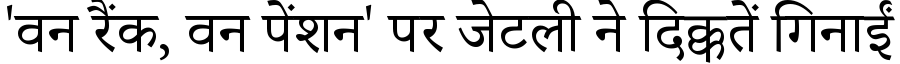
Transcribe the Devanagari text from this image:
'वन रैंक, वन पेंशन' पर जेटली ने दिक्कतें गिनाईं